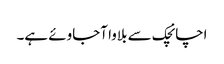
اچانچک سے بلاوا آجاوئے ہے۔